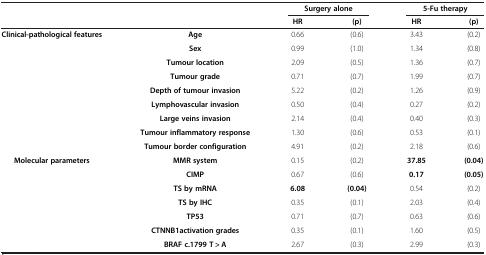
<table><thead><tr><td rowspan="2" colspan="2"><b> </b></td><td colspan="2"><b>Surgery alone</b></td><td colspan="2"><b>5-Fu therapy</b></td></tr><tr><td><b>HR</b></td><td><b>(p)</b></td><td><b>HR</b></td><td><b>(p)</b></td></tr></thead><tbody><tr><td rowspan="9"><b>Clinical-pathological features</b></td><td><b>Age</b></td><td>0.66</td><td>(0.6)</td><td>3.43</td><td>(0.2)</td></tr><tr><td><b>Sex</b></td><td>0.99</td><td>(1.0)</td><td>1.34</td><td>(0.8)</td></tr><tr><td><b>Tumour location</b></td><td>2.09</td><td>(0.5)</td><td>1.36</td><td>(0.7)</td></tr><tr><td><b>Tumour grade</b></td><td>0.71</td><td>(0.7)</td><td>1.99</td><td>(0.7)</td></tr><tr><td><b>Depth of tumour invasion</b></td><td>5.22</td><td>(0.2)</td><td>1.26</td><td>(0.9)</td></tr><tr><td><b>Lymphovascular invasion</b></td><td>0.50</td><td>(0.4)</td><td>0.27</td><td>(0.2)</td></tr><tr><td><b>Large veins invasion</b></td><td>2.14</td><td>(0.4)</td><td>0.40</td><td>(0.3)</td></tr><tr><td><b>Tumour inflammatory response</b></td><td>1.30</td><td>(0.6)</td><td>0.53</td><td>(0.1)</td></tr><tr><td><b>Tumour border configuration</b></td><td>4.91</td><td>(0.2)</td><td>2.18</td><td>(0.6)</td></tr><tr><td rowspan="4"><b>Molecular parameters</b></td><td><b>MMR system</b></td><td>0.15</td><td>(0.2)</td><td><b>37.85</b></td><td><b>(0.04)</b></td></tr><tr><td><b>CIMP</b></td><td>0.67</td><td>(0.6)</td><td><b>0.17</b></td><td><b>(0.05)</b></td></tr><tr><td><b>TS by mRNA</b></td><td><b>6.08</b></td><td><b>(0.04)</b></td><td>0.54</td><td>(0.2)</td></tr><tr><td><b>TS by IHC</b></td><td>0.35</td><td>(0.1)</td><td>2.03</td><td>(0.4)</td></tr><tr><td> </td><td><b>TP53</b></td><td>0.71</td><td>(0.7)</td><td>0.63</td><td>(0.6)</td></tr><tr><td> </td><td><b>CTNNB1activation grades</b></td><td>0.35</td><td>(0.1)</td><td>1.60</td><td>(0.5)</td></tr><tr><td> </td><td><b>BRAF c.1799 T &gt; A</b></td><td>2.67</td><td>(0.3)</td><td>2.99</td><td>(0.3)</td></tr></tbody></table>